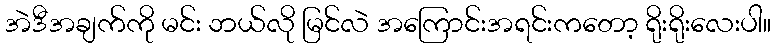
အဲဒီအချက်ကို မင်း ဘယ်လို မြင်လဲ အကြောင်းအရင်းကတော့ ရိုးရိုးလေးပါ။